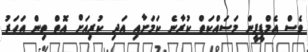
ވެސް އެމްޑީޕީން މަސައްކަތް ކުރާނެ ކަމަށާއި އަދި ކުރިއަށް އޮތް ތިން އަހަރު